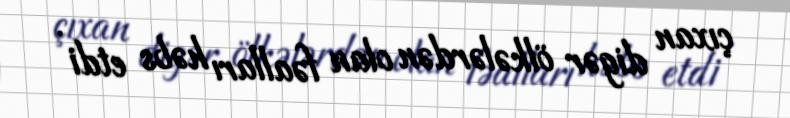
çıxan digər ölkələrdən olan fəalları həbs etdi .